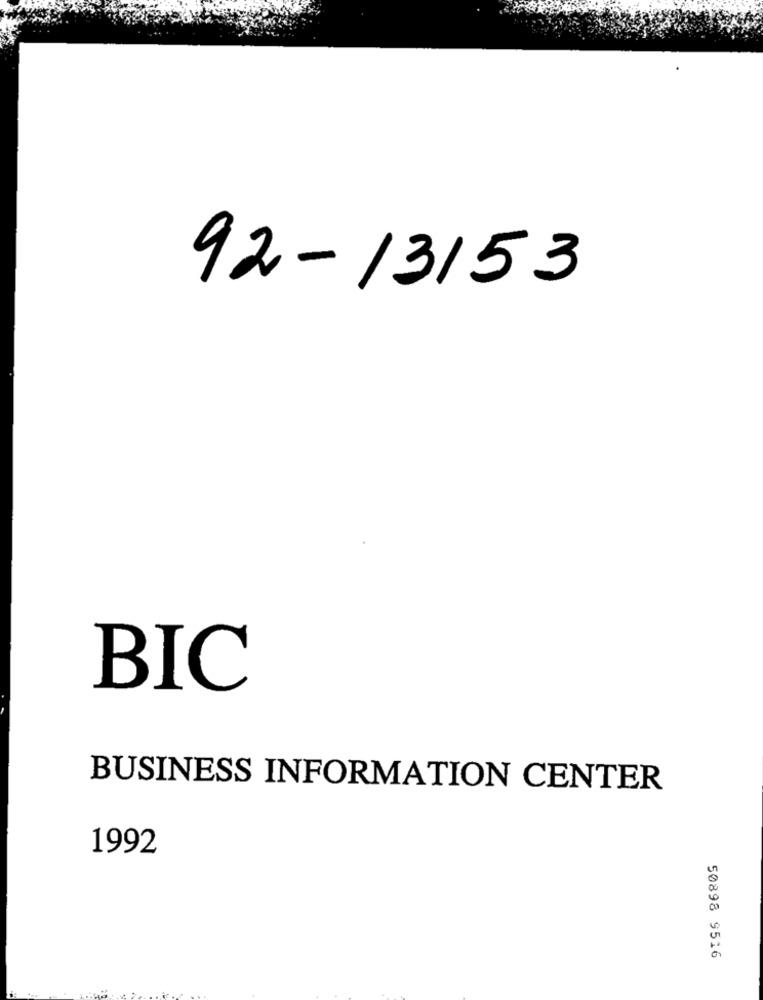
92-13153
BIC
BUSINESS INFORMATION CENTER
1992
50898 9516